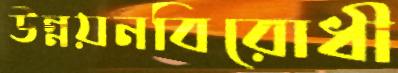
উন্নয়নবিরোধী